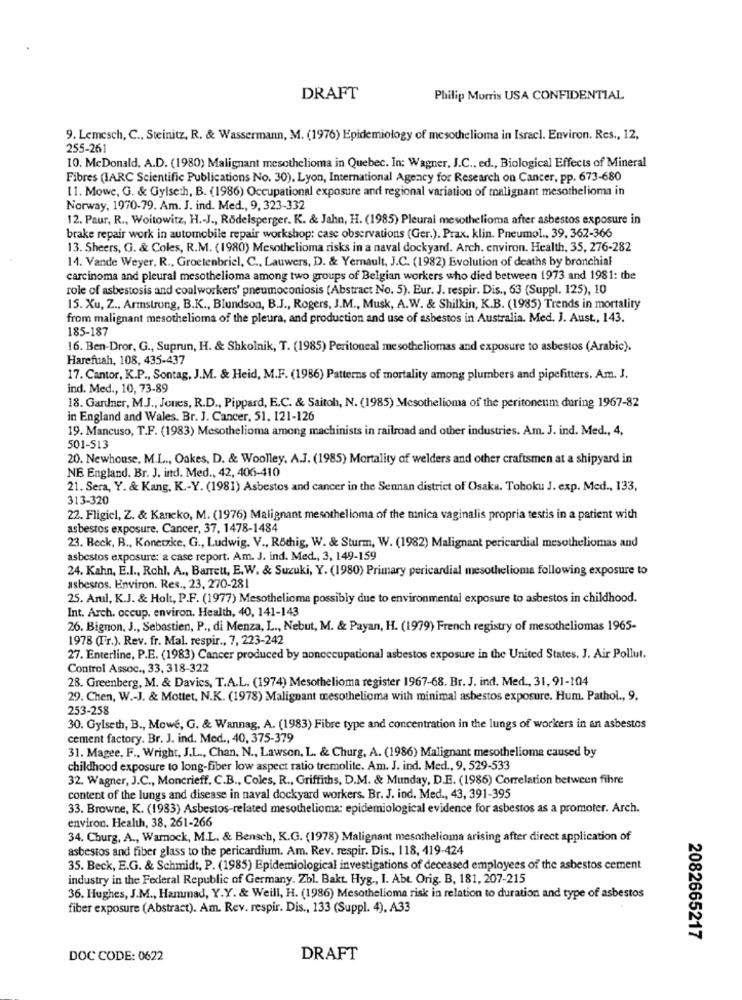
DRAFT
Philip Morris USA CONFIDENTIAL
9. Lemesch, C ., Steinitz, R. & Wassermann, M. (1976) Epidemiology of mesothelioma in Israel. Environ. Res ., 12,
255-261
10. McDonald, A.D. (1980) Malignant mesothelioma in Quebec. In: Wagner, J.C ., ed ., Biological Effects of Mineral
Fibres (IARC Scientific Publications No. 30), Lyon, International Agency for Research on Cancer, pp. 673-680
11. Mowe, G. & Gylse:h, B. (1986) Occupational exposure and regional variation of malignant mesothelioma in
Norway, 1970-79. Am. J. ind. Med ., 9, 323-332
12. Paur, R ., Woitowitz, H .- J ., Rödelsperger. K. & Jahn, H. (1985) Pleural mesothelioma after asbestos exposure in
brake repair work in automobile repair workshop: case observations (Ger.). Prax. klin. Pneumol ., 39, 362-366
13. Sheers, G. & Coles, R.M. (1980) Mesothelioma risks in a naval dockyard. Arch. environ. Health, 35, 276-282
14. Vande Weyer, R ., Groetenbriel, C ., Lauwers, D. & Yernault, J.C. (1982) Evolution of deaths by bronchial
carcinoma and pleural mesothelioma among two groups of Belgian workers who died between 1973 and 1981: the
role of asbestosis and coalworkers' pneumoconiosis (Abstract No. 5). Eur. J. respir. Dis ., 63 (Suppl. 125), 10
15. Xu, Z ., Armstrong, B.K ., Blundson, B.J ., Rogers, J.M ., Musk, A.W. & Shilkin, K.B. (1985) Trends in mortality
from malignant mesothelioma of the pleura, and production and use of asbestos in Australia. Med. J. Aust ., 143.
185-187
16. Ben-Dror, G ., Suprun, H. & Shkolnik, T. (1985) Peritoneal mesotheliomas and exposure to asbestos (Arabic).
Harefuah, 108, 435-437
17. Cantor, K.P ., Sontag, J.M. & Heid, M.F. (1986) Patterns of mortality among plumbers and pipefitters. Am. J.
ind. Med ., 10, 73-89
18. Gardner, MJ ., Jones, R.D ., Pippard, E.C. & Saitoh, N. (1985) Mesothelioma of the peritoneum during 1967-82
in England and Wales. Br. J. Cancer, 51. 121-126
19. Mancuso, T.F. (1983) Mesothelioma among machinists in railroad and other industries. Am. J. ind. Med ., 4,
501-513
20. Newhouse, M.L ., Oakes, D. & Woolley, A.J. (1985) Mortality of welders and other craftsmen at a shipyard in
NE England. Br. J. ind. Med ., 42, 406-410
21. Sera, Y. & Kang, K .- Y. (1981) Asbestos and cancer in the Sennan district of Osaka. Tohoku J. exp. Med ., 133,
313-320
22. Fligiel, Z. & Kaneko, M. (1976) Malignant mesothelioma of the minica vaginalis propria testis in a patient with
asbestos exposure. Cancer, 37, 1478-1484
23. Beck, B ., Konetzke, G ., Ludwig. V ., Röthig, W. & Sturm, W. (1982) Malignant pericardial mesotheliomas and
asbestos exposure: a case report. Am. J. ind. Med ., 3, 149-159
24. Kahn, E.I ., Rohl, A ., Barrett, E.W. & Suzuki, Y. (1980) Primary pericardial mesothelioma following exposure to
asbestos. Environ. Res ., 23, 270-281
25. Arul, K.J. & Holt, P.F. (1977) Mesothelioma possibly due to environmental exposure to asbestos in childhood.
Int. Arch. occup. environ. Health, 40, 141-143
26. Bignon, J ., Sebastien, P ., di Menza, L ., Nebut, M. & Payan, H. (1979) French registry of mesotheliomas 1965-
1978 (Tr.). Rev. fr. Mal. respir ., 7, 223-242
27. Enterline, P.E. (1983) Cancer produced by nonoccupational asbestos exposure in the United States. J. Air Pollut.
Control Assoc ., 33, 318-322
28. Greenberg, M. & Davics, T.A.L. (1974) Mesothelioma register 1967-68. Br. J. ind. Med ., 31, 91-104
29. Chen, W .- J. & Mottet, N.K. (1978) Malignant mesothelioma with minimal asbestos exposure. Hum. Pathol ., 9,
253-258
30. Gylseth, B ., Mowe, G. & Wannag, A. (1983) Fibre type and concentration in the lungs of workers in an asbestos
cement factory. Br. J. ind. Med ., 40, 375-379
31. Magee, F ., Wright, J.L ., Chan, N ., Lawson, L. & Churg, A. (1986) Malignant mesothelioma caused by
childhood exposure to long-fiber low aspect ratio tremolite. Am. J. ind. Med ., 9, 529-533
32. Wagner, J.C ., Moncrieff. C.B ., Coles, R ., Griffiths, D.M. & Munday, D.E. (1986) Correlation between fihre
content of the lungs and disease in naval dockyard workers. Br. J. ind. Med ., 43, 391-395
33. Browne, K. (1983) Asbestos-related mesothelioma: epidemiological evidence for asbestos as a promoter. Arch.
environ. Health, 38. 261-266
34. Churg, A ., Warnock, M.L. & Bensch, K.G. (1978) Malignant mesothelioma arising after direct application of
asbestos and fiber glass to the pericardium. Am. Rev. respir. Dis ., 118, 419-424
35. Beck, E.G. & Schmidt, P. (1985) Epidemiological investigations of deceased employees of the asbestos cement
industry in the Federal Republic of Germany. Zbl. Bakt. Hyg ., I. Abt. Orig. B, 181, 207-215
36. Hughes, J.M ., Hammad, Y.Y. & Weill, H. (1986) Mesothelioma risk in relation to duration and type of asbestos
fiber exposure (Abstract). Am. Rev. respir. Dis ., 133 (Suppl. 4), A33
2082665217
DOC CODE: 0622
DRAFT